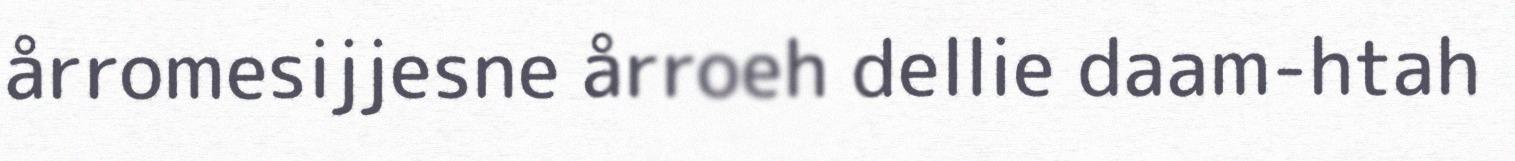
årromesijjesne årroeh dellie daam-htah